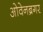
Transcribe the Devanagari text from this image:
ओवेनब्रगर